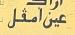
عين